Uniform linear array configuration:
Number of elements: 8
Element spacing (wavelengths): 0.5
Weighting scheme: cosine
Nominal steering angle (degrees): -15
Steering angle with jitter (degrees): -13.87
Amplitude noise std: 0.05
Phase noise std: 0.05

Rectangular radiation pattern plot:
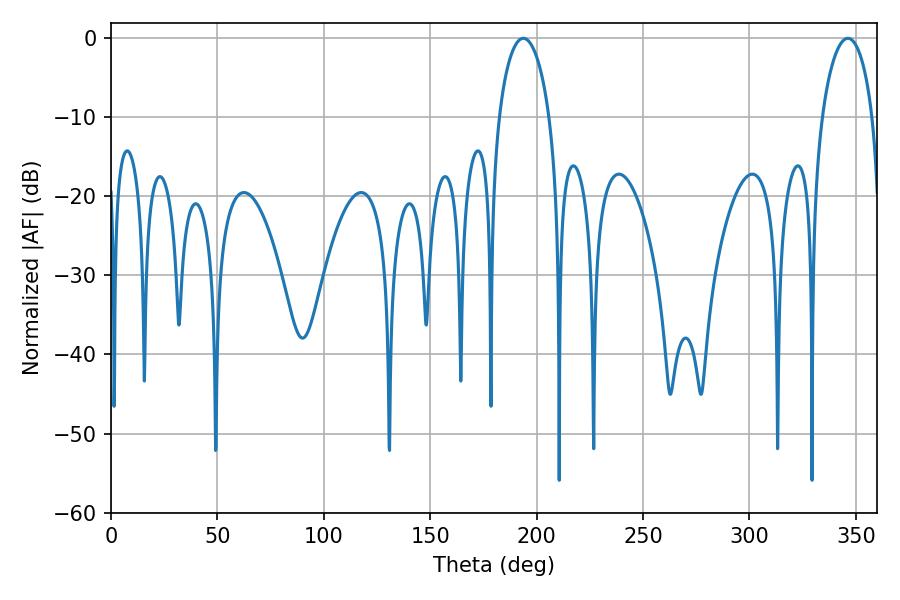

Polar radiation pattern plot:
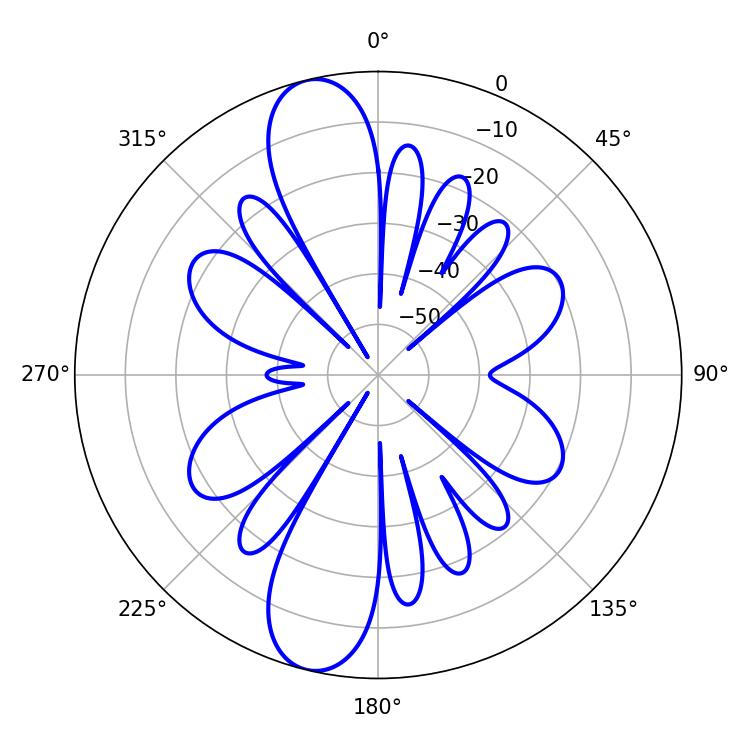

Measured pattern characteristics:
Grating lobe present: FALSE
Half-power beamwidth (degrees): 13.68
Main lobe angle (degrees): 193.68